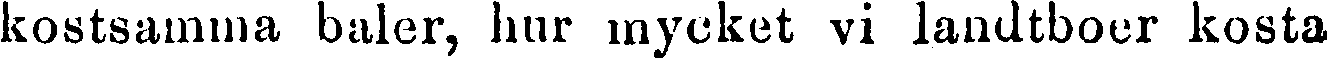
kostsamma baler, hur mycket vi landtboer kosta